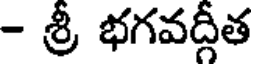
- శ్రీ భగవద్గీత